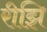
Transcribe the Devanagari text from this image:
रीझि